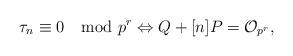
LaTeX: \begin{align*}\tau_n \equiv 0 \mod p^r \Leftrightarrow Q+[n]P={\mathcal O}_{p^r},\end{align*}